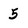
Character: 5